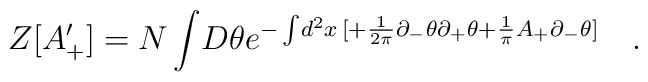
Z[A_{+}^{\prime} ] = N  \int \! D \theta        e^{-\int \!        d^2 x \,[       +\frac{1}{2 \pi} \partial_{-} \theta \partial_{+} \theta    +\frac{1}{\pi}      A_{+}  \partial_{-}\theta ]  }  \quad.